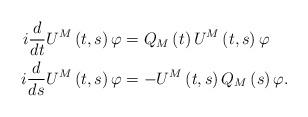
LaTeX: \begin{align*}i\frac{d}{dt}U^{M}\left( t,s\right) \varphi & =Q_{M}\left( t\right)U^{M}\left( t,s\right) \varphi\\i\frac{d}{ds}U^{M}\left( t,s\right) \varphi & =-U^{M}\left( t,s\right)Q_{M}\left( s\right) \varphi. \end{align*}